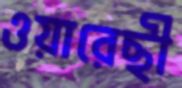
ওয়ারেছী